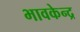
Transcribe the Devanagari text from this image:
भावकेन्द्र